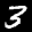
Label: 3